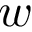
w